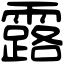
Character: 露